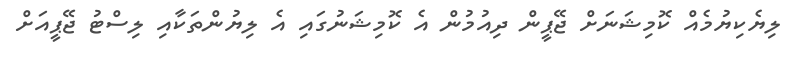
ލިޔެކިޔުމެއް ކޮމިޝަނަށް ޖޭޕީން ދިއުމުން އެ ކޮމިޝަނުގައި އެ ލިޔުންތަކާއި ލިސްޓު ޖޭޕީއަށް